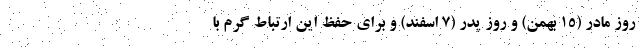
روز مادر (۱۵ بهمن) و روز پدر (۷ اسفند) و برای حفظ این ارتباط گرم با